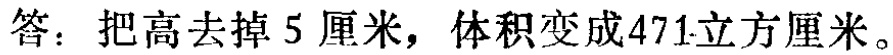
答：把高去掉5厘米，体积变成471立方厘米。